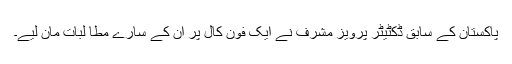
پاکستان کے سابق ڈکٹیٹر پرویز مشرف نے ایک فون کال پر ان کے سارے مطا لبات مان لیے۔